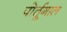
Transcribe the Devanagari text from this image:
पोर्तूगाल